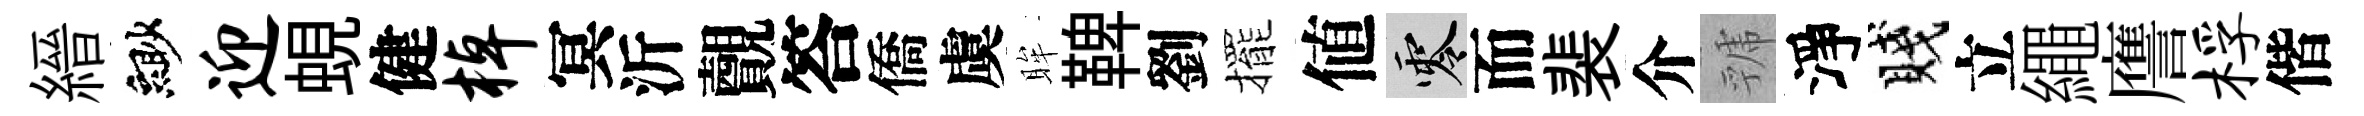
縉緲迎蜆健棹冥沂覿答僑虞眸鞞劉擺値零而裴介虢淨賤立繩譍桴偕